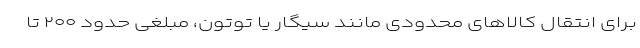
برای انتقال کالاهای محدودی مانند سیگار یا توتون، مبلغی حدود ۲۰۰ تا